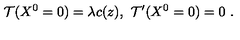
\mathcal { T } ( X ^ { 0 } = 0 ) = \lambda c ( z ) , \ \mathcal { T } ^ { \prime } ( X ^ { 0 } = 0 ) = 0 \ .